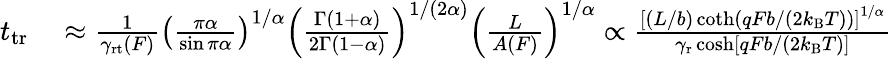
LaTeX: \begin{array}{rl}{t_{\mathrm{tr}}}&{{}\approx\frac{1}{\gamma_{\mathrm{rt}}(F)}\left(\frac{\pi\alpha}{\sin\pi\alpha}\right)^{1/\alpha}\left(\frac{\Gamma(1+\alpha)}{2\Gamma(1-\alpha)}\right)^{1/(2\alpha)}\left(\frac{L}{A(F)}\right)^{1/\alpha}\propto\frac{\left[(L/b)\coth(qFb/(2k_{\mathrm{B}}T))\right]^{1/\alpha}}{\gamma_{\mathrm{r}}\cosh[qFb/(2k_{\mathrm{B}}T)]}}\end{array}